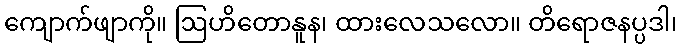
ကျောက်ဖျာကို။ ဩဟိတောနူန၊ ထားလေသလော။ တိရောဇနပ္ပဒါ၊